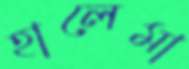
হালেমা